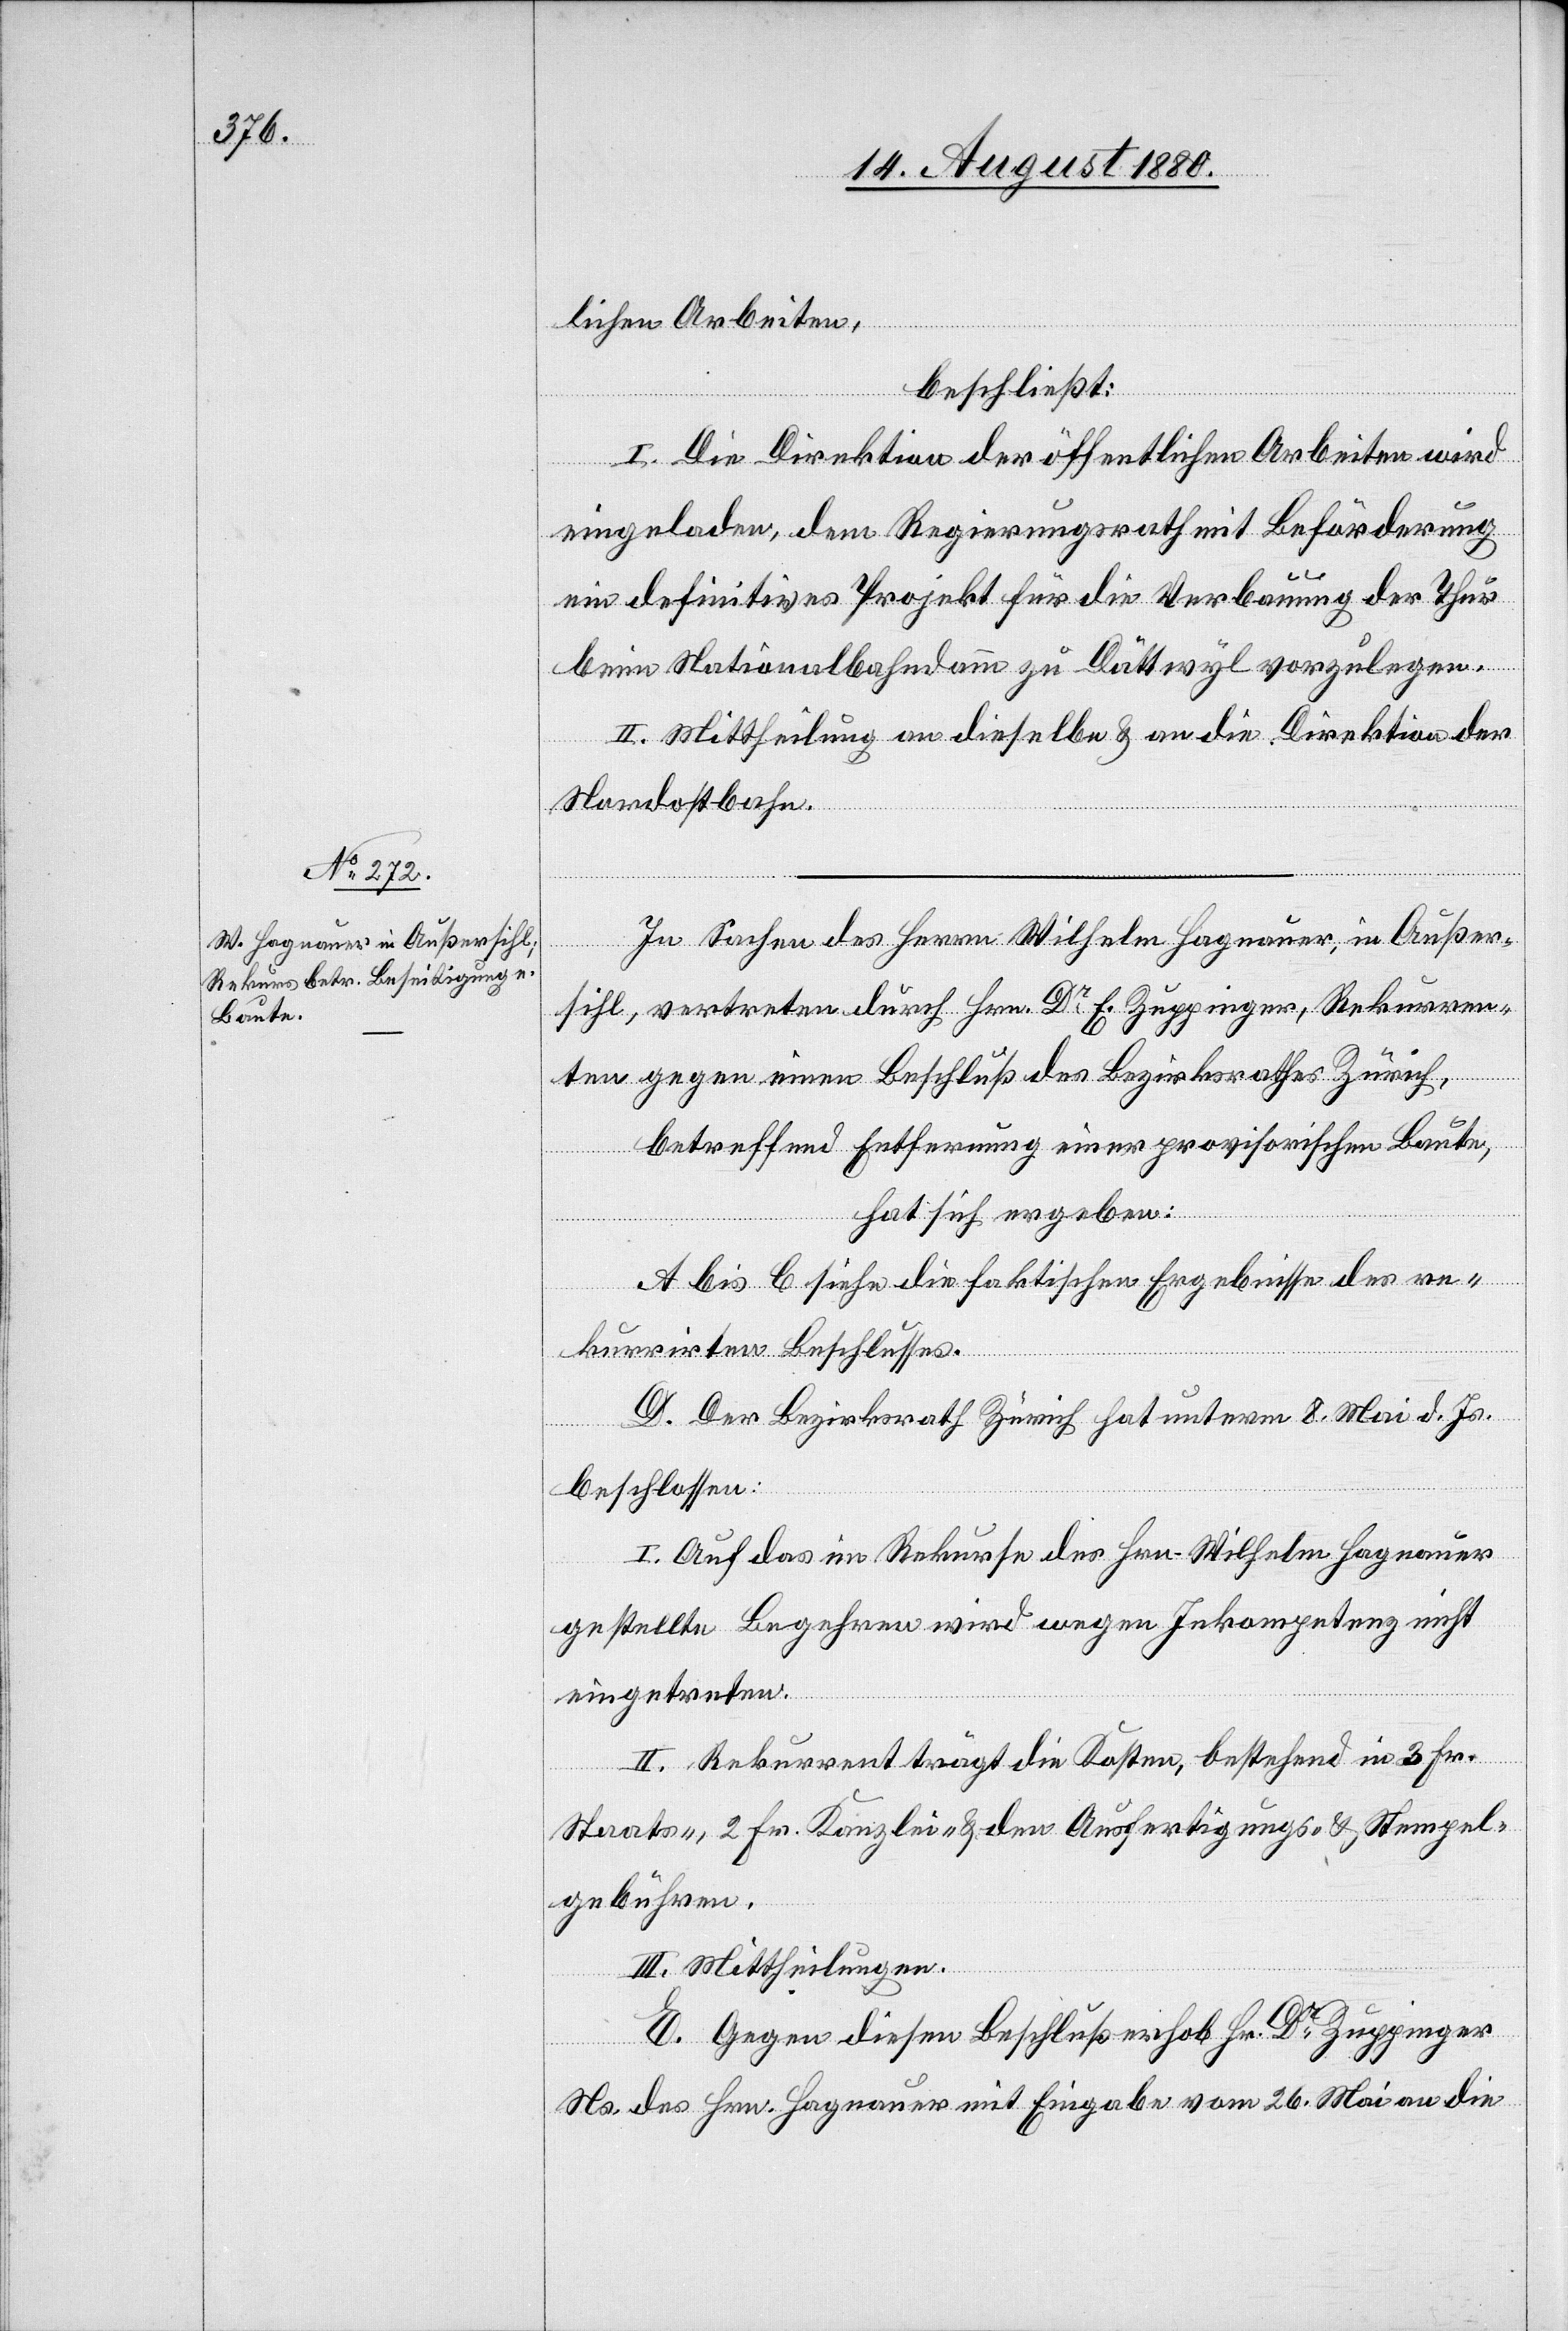
lichen Arbeiten,
beschließt:
I. Die Direktion der öffentlichen Arbeiten wird
eingeladen, dem Regierungsrath mit Beförderung
ein definitives Projekt für die Verbauung der Thur
beim Nationalbahndamm zu Dättwyl vorzulegen.
II. Mittheilung an dieselben & an die Direktion der
Nordostbahn.
In Sachen des Herrn Wilhelm Hagnauer, in Außer¬
sihl, vertreten durch Hrn. Dr E. Zuppinger, Rekurren¬
ten gegen einen Beschluß des Bezirksrathes Zürich,
betreffend Entfernung einer provisorischen Baute,
hat sich ergeben:
A. bis C siehe die faktischen Ergebnisse des re¬
kurrirten Beschlusses.
D. Der Bezirksrath Zürich hat unterm 8. Mai d. Js.
beschlossen:
I. Auf das im Rekurse des Hrn. Wilhelm Hagnauer
gestellte Begehren wird wegen Inkompetenz nicht
eingetreten.
II. Rekurrent trägt die Kosten, bestehen in 3 Fr.
Staats-, 2 Fr. Kanzlei- & den Ausfertigungs- & Stempel¬
gebühren.
III. Mittheilungen.
E. Gegen diesen Beschluß erhob Hr. Dr Zuppinger
Ns. des Hrn. Hagnauer mit Eingabe vom 26. Mai an die